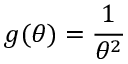
g ( \theta ) = { \frac { 1 } { \theta ^ { 2 } } }